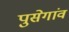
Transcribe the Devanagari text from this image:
पुसेगांव